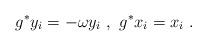
LaTeX: \begin{align*} \,\, g^*y_i = -\omega y_i\,\, ,\,\, g^*x_i = x_i\,\, .\end{align*}